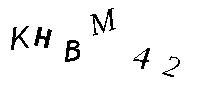
KHBM42